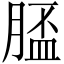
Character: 𦞑